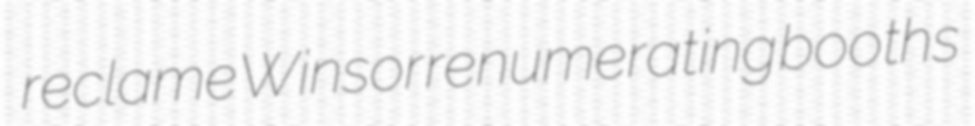
reclame Winsor renumerating booths